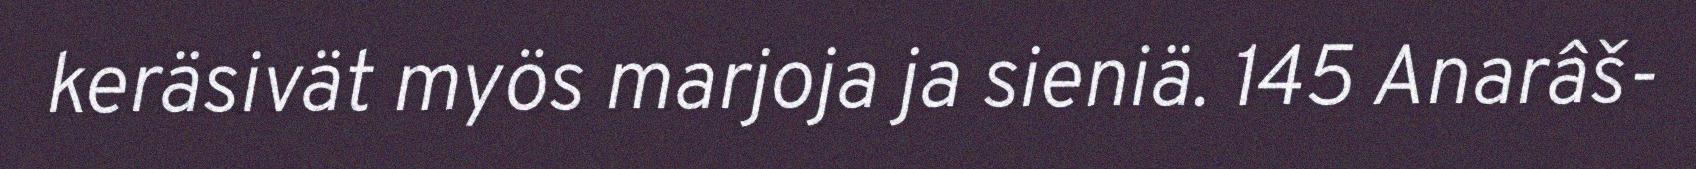
keräsivät myös marjoja ja sieniä. 145 Anarâš-